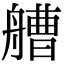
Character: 艚